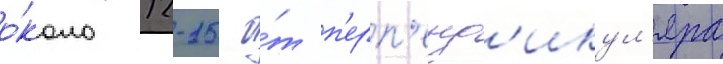
о́коло 12-15 о́т п'ерп'енд'икул'яра